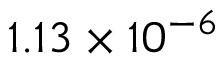
1 . 1 3 \times 1 0 ^ { - 6 }